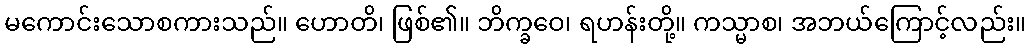
မကောင်းသောစကားသည်။ ဟောတိ၊ ဖြစ်၏။ ဘိက္ခဝေ၊ ရဟန်းတို့။ ကသ္မာစ၊ အဘယ်ကြောင့်လည်း။